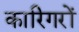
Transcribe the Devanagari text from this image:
कारिगरों